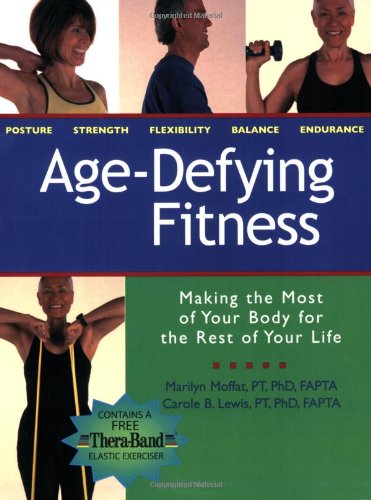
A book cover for Age Defying Fitness: Making the Most of Your Body for the Rest of Your Life; Marilyn Moffat; Health, Fitness & Dieting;